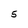
Character: 5